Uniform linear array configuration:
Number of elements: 48
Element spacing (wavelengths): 0.5
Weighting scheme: exponential
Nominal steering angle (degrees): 15
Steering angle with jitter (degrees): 15.898
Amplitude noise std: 0.05
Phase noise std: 0.05

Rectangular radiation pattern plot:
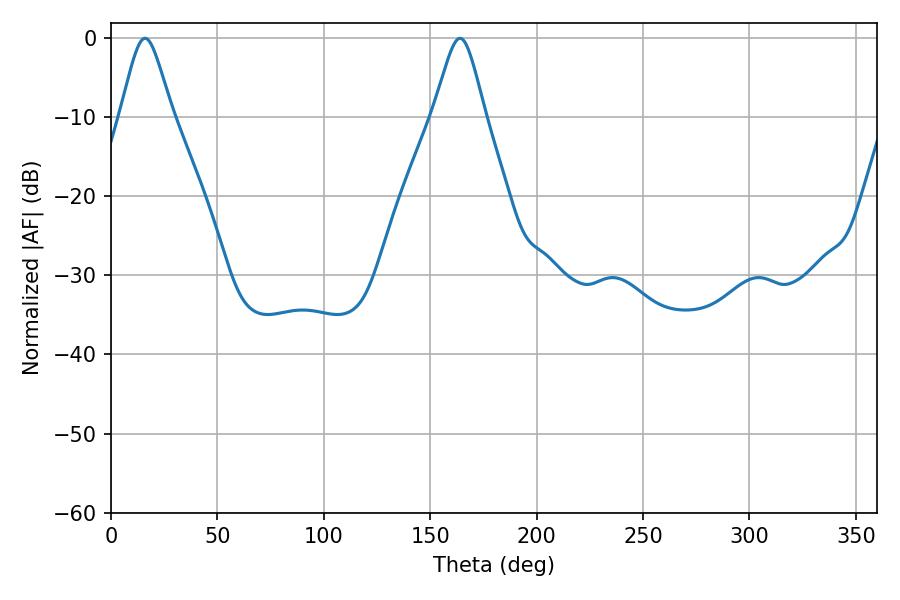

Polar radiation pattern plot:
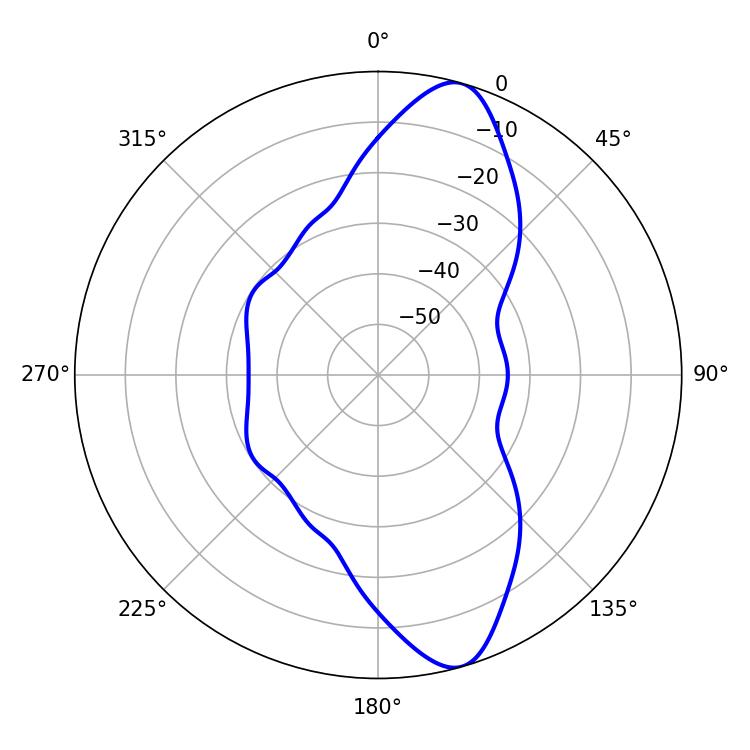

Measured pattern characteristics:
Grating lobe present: FALSE
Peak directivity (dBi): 11.46
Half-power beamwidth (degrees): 11.88
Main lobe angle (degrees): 16.02